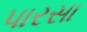
પારસા